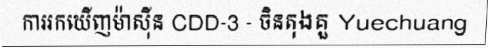
ការរកឃើញម៉ាស៊ីន CDD-3 - ចិនតុងគួ Yuechuang